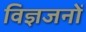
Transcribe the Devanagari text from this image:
विज्ञजनों